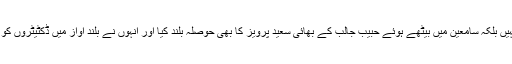
انکی تالیوں نے صرف میرا نہیں بلکہ سامعین میں بیٹھے ہوئے حبیب جالب کے بھائی سعید پرویز کا بھی حوصلہ بلند کیا اور انہوں نے بلند آواز میں ڈکٹیٹروں کو صلواتیں سنانی شروع کردیں۔